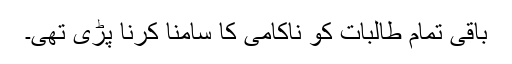
باقی تمام طالبات کو ناکامی کا سامنا کرنا پڑی تھی۔